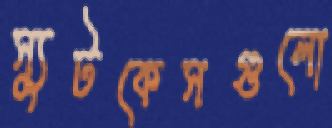
স্যুটকেসগুলো